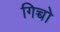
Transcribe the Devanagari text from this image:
गिच्चो